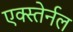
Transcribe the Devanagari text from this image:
एक्स्तेर्नल